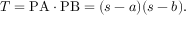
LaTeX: T = { \mathrm { P A } } \cdot { \mathrm { P B } } = ( s - a ) ( s - b ) .